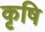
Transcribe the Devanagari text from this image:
कृषि